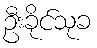
ဦးခိုင်သုခ